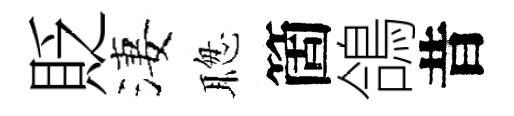
貶淒聦箇鴿昔